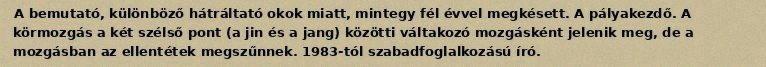
A bemutató, különböző hátráltató okok miatt, mintegy fél évvel megkésett. A pályakezdő. A körmozgás a két szélső pont (a jin és a jang) közötti váltakozó mozgásként jelenik meg, de a mozgásban az ellentétek megszűnnek. 1983-tól szabadfoglalkozású író.